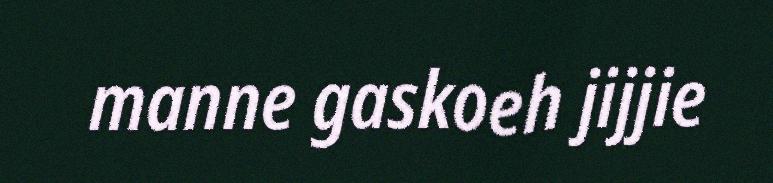
manne gaskoeh jijjie